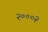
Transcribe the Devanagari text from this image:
२०००२